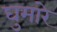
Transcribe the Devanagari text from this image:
घुमारे